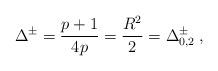
LaTeX: \begin{align*}\Delta ^{\pm }=\frac{p+1}{4p}=\frac{R^{2}}{2}=\Delta ^{\pm }_{0,2}\: ,\end{align*}